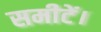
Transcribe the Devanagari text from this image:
समीटें।